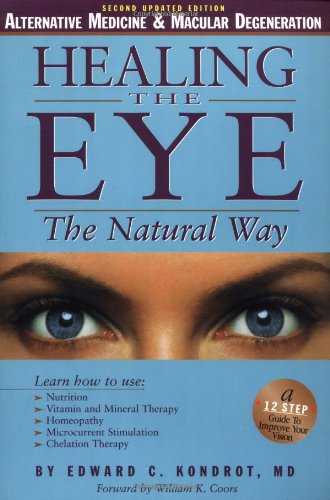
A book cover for Healing the Eye the Natural Way; Edward Kondrot M.D.; Health, Fitness & Dieting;